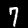
Label: 7